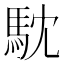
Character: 馾